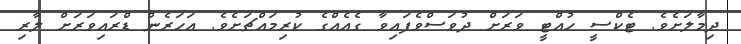
ދިމާލަށެވެ. ޓެކްސީ ހުއްޓީ ވަރަށް ދުވަސްވެފައިވާ ގެއެއްގެ ކުރިމައްޗަށެވެ. އަހަރެން ޑްރައިވަރަށް ލާރި